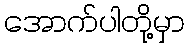
အောက်ပါတို့မှာ